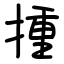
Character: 揰